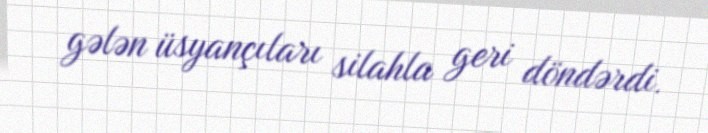
gələn üsyançıları silahla geri döndərdi.